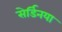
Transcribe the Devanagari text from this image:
सेर्डिनया